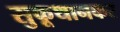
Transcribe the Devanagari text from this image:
सुकूथानकर